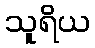
သူရိယ